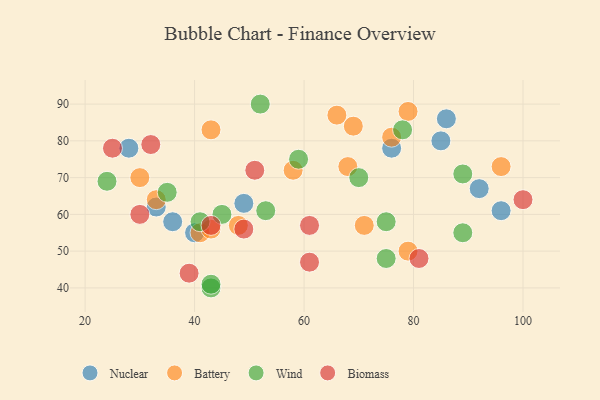
{"axis": {"x": "GDP", "y": "Life Expectancy"}, "legend": ["Battery", "Biomass", "Nuclear", "Wind"], "data": [{"x": "92", "y": 67, "type": "Nuclear"}, {"x": "49", "y": 63, "type": "Nuclear"}, {"x": "33", "y": 62, "type": "Nuclear"}, {"x": "96", "y": 61, "type": "Nuclear"}, {"x": "86", "y": 86, "type": "Nuclear"}, {"x": "85", "y": 80, "type": "Nuclear"}, {"x": "40", "y": 55, "type": "Nuclear"}, {"x": "76", "y": 78, "type": "Nuclear"}, {"x": "36", "y": 58, "type": "Nuclear"}, {"x": "28", "y": 78, "type": "Nuclear"}, {"x": "48", "y": 57, "type": "Battery"}, {"x": "76", "y": 81, "type": "Battery"}, {"x": "68", "y": 73, "type": "Battery"}, {"x": "71", "y": 57, "type": "Battery"}, {"x": "79", "y": 50, "type": "Battery"}, {"x": "58", "y": 72, "type": "Battery"}, {"x": "69", "y": 84, "type": "Battery"}, {"x": "43", "y": 83, "type": "Battery"}, {"x": "30", "y": 70, "type": "Battery"}, {"x": "41", "y": 55, "type": "Battery"}, {"x": "43", "y": 56, "type": "Battery"}, {"x": "96", "y": 73, "type": "Battery"}, {"x": "33", "y": 64, "type": "Battery"}, {"x": "79", "y": 88, "type": "Battery"}, {"x": "66", "y": 87, "type": "Battery"}, {"x": "35", "y": 66, "type": "Wind"}, {"x": "59", "y": 75, "type": "Wind"}, {"x": "52", "y": 90, "type": "Wind"}, {"x": "89", "y": 71, "type": "Wind"}, {"x": "53", "y": 61, "type": "Wind"}, {"x": "43", "y": 40, "type": "Wind"}, {"x": "75", "y": 58, "type": "Wind"}, {"x": "45", "y": 60, "type": "Wind"}, {"x": "24", "y": 69, "type": "Wind"}, {"x": "70", "y": 70, "type": "Wind"}, {"x": "43", "y": 41, "type": "Wind"}, {"x": "78", "y": 83, "type": "Wind"}, {"x": "41", "y": 58, "type": "Wind"}, {"x": "75", "y": 48, "type": "Wind"}, {"x": "89", "y": 55, "type": "Wind"}, {"x": "100", "y": 64, "type": "Biomass"}, {"x": "49", "y": 56, "type": "Biomass"}, {"x": "61", "y": 47, "type": "Biomass"}, {"x": "32", "y": 79, "type": "Biomass"}, {"x": "81", "y": 48, "type": "Biomass"}, {"x": "25", "y": 78, "type": "Biomass"}, {"x": "30", "y": 60, "type": "Biomass"}, {"x": "43", "y": 57, "type": "Biomass"}, {"x": "61", "y": 57, "type": "Biomass"}, {"x": "39", "y": 44, "type": "Biomass"}, {"x": "51", "y": 72, "type": "Biomass"}]}